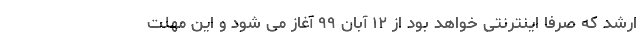
ارشد که صرفا اینترنتی خواهد بود از ۱۲ آبان ۹۹ آغاز می شود و این مهلت